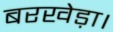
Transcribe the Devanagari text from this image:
बरखेड़ा।